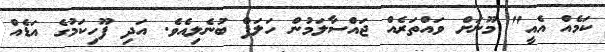
ކަމެއް އެއީ" މޫނަށް ވައްތަރެއް ޖައްސާލަމުން ހަލަފް ބުނެލިއެވެ. އަދި ފޫހިކަމުގެ އަޑެއް